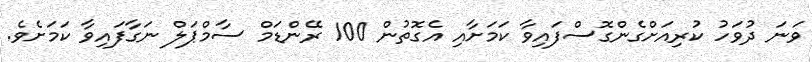
ވަނަ ދުވަހު ކުރިއަށްގެންގޮސްފައިވާ ކަމަށާއި އެގޮތުން 100 ރޭންޑަމް ސާމްޕަލް ނަގާފައިވާ ކަމަށެވެ.